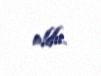
oldu.